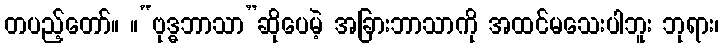
တပည့်တော်။ ။“ဗုဒ္ဓဘာသာ”ဆိုပေမဲ့ အခြားဘာသာကို အထင်မသေးပါဘူး ဘုရား၊